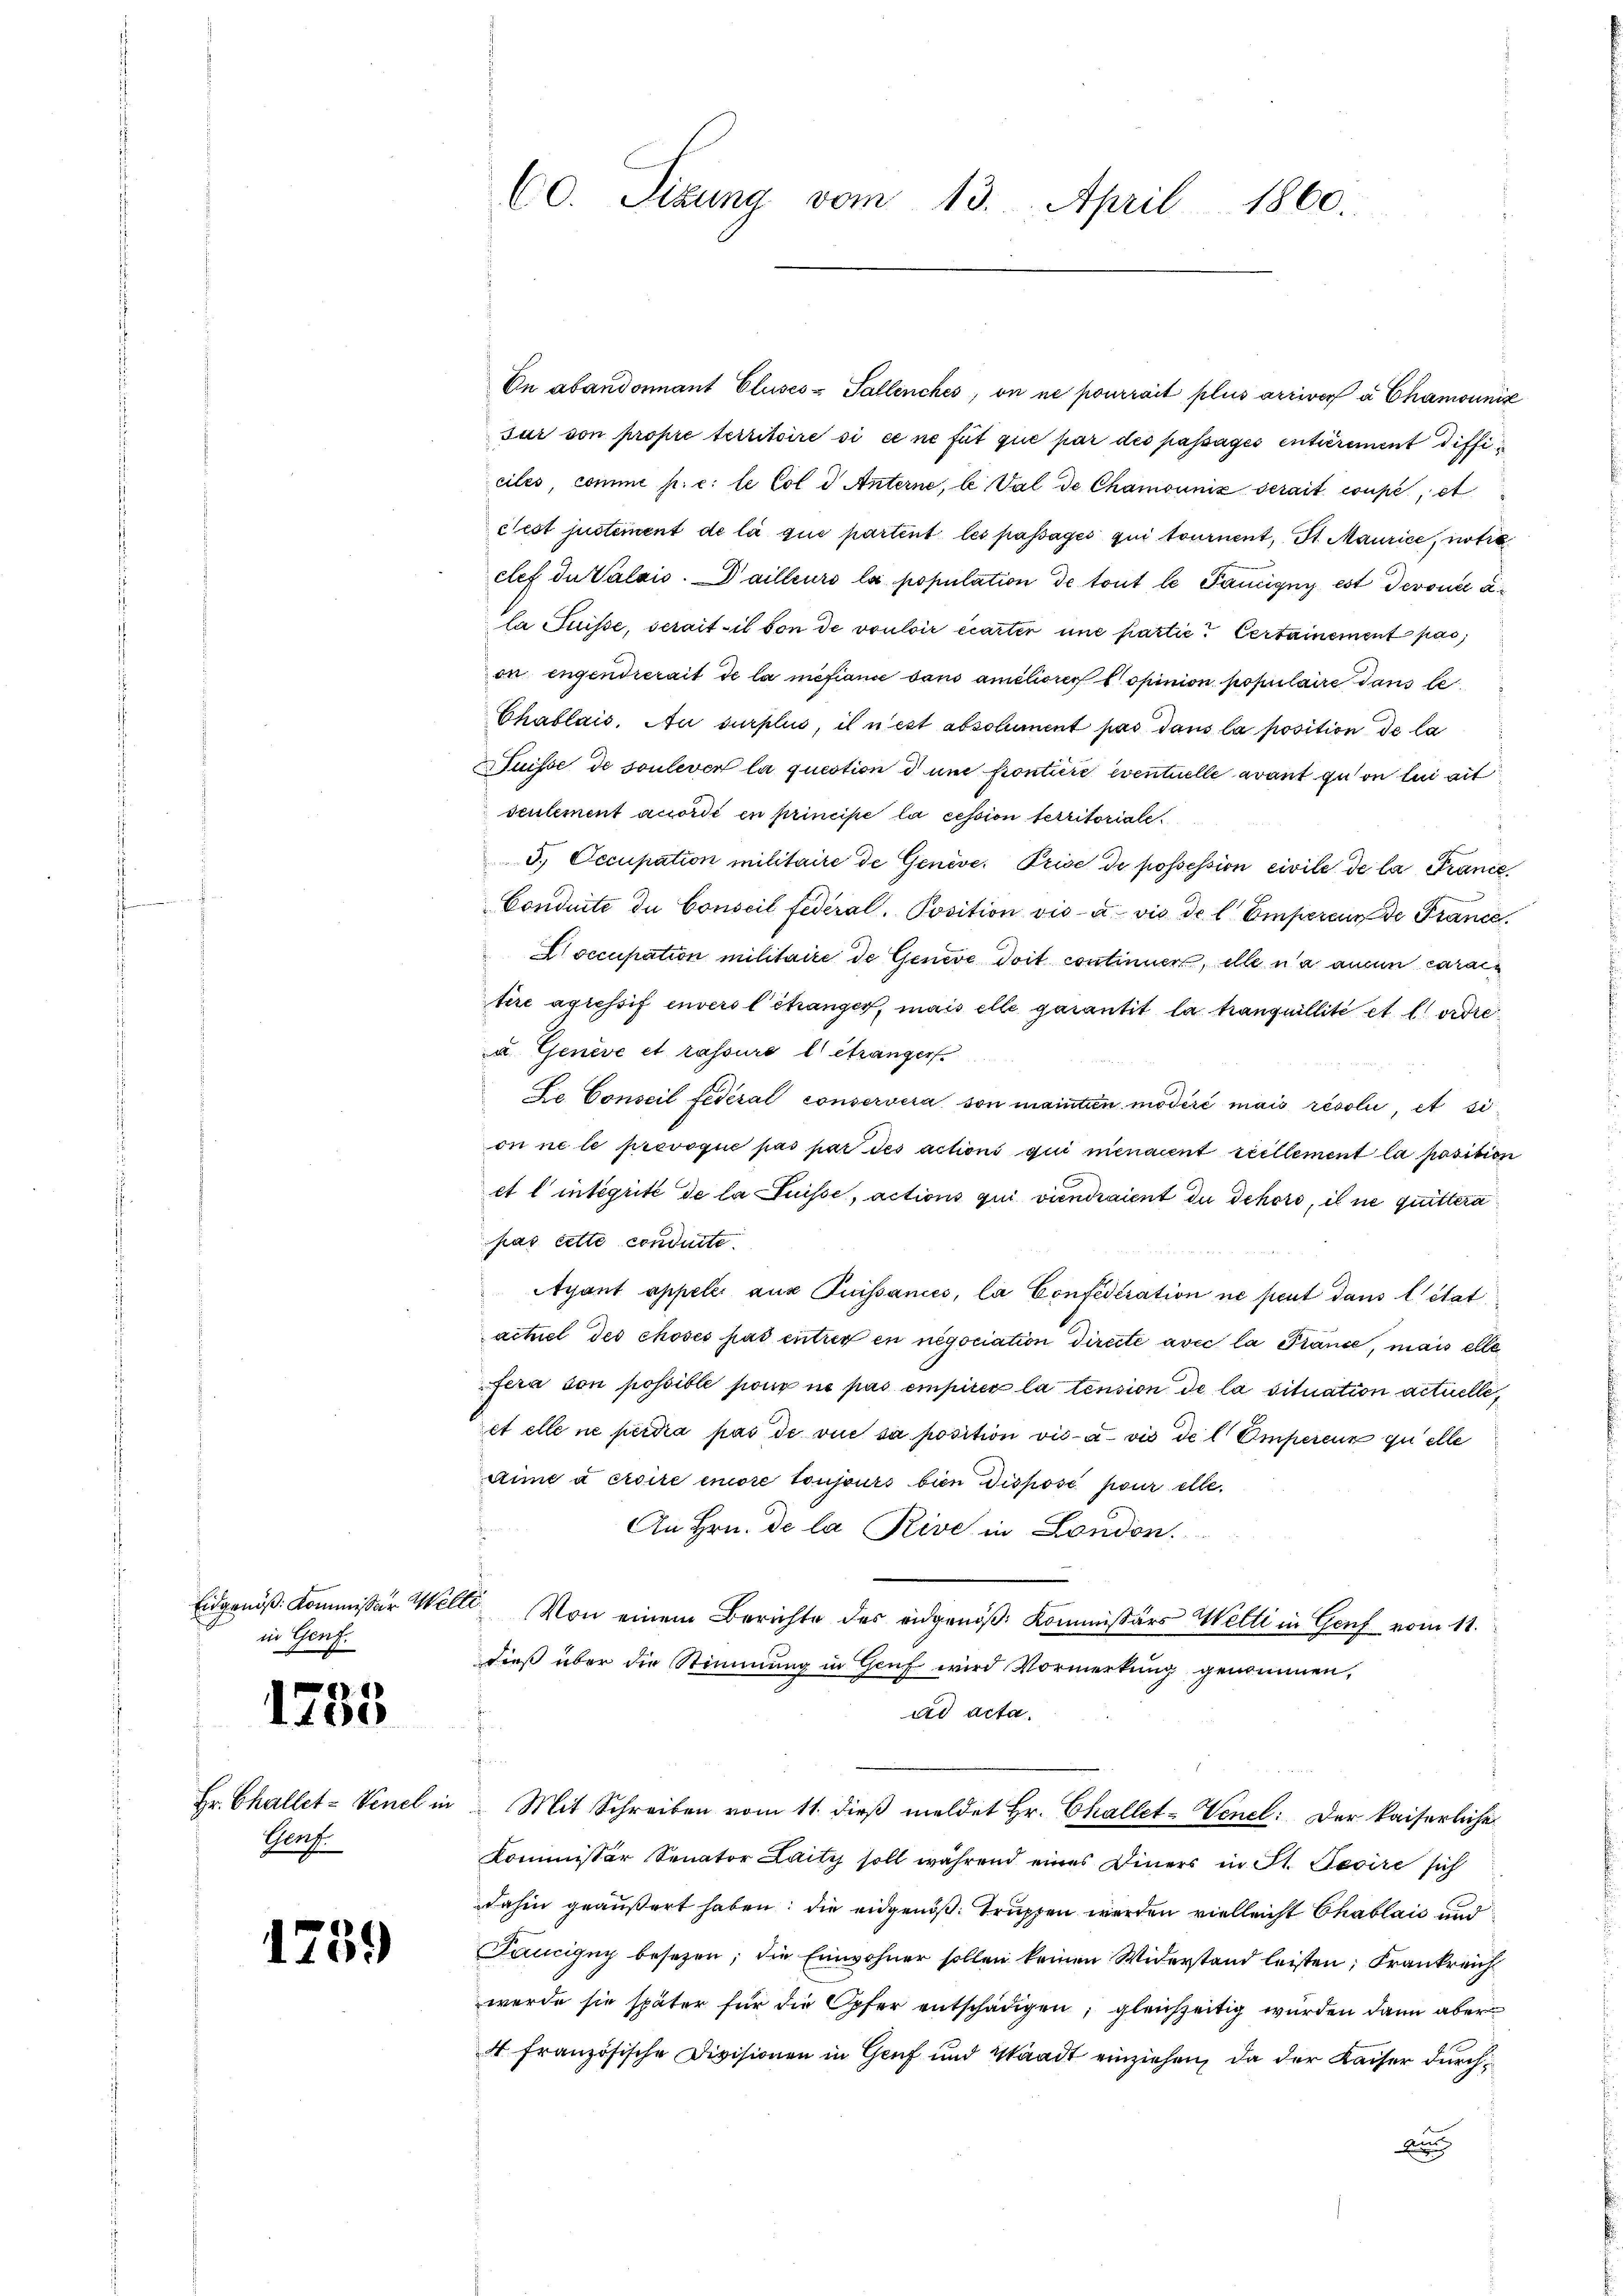
Eidgenöß: Kommissär Wel
in Genf.

f
1185

Hr. Challet = Venel in
Genf

1759

60. Sizŭng vom 13. April 1860.

On abandonnant Cluses-Sallenches, on ne pourrait plus arriver à Chamounik
sur von propre territoire si ce ne fut que par des passages entserement difficiles, comme p. c: le Col d Anterne, le Val de Chamounix serait coupe et
c’est justement de la que partent les passages qui tournent, St. Maurice, notie
clef du Valais. Dailleurs la population de tout le Panigny est deront a
la Suisse, serait il von de vouloir écarten une partie. Certainement pas,
on engendrerait de la mefiance dans améliores opinion populaire dans le
Chablais. Au surplus, il n’est absolument pas dans la position de la
Suisse de soulever la question d und Pontiere eventuelle avant qui on lui ait
seulement accordé en principe la cession territoriale
5., Occupation militaire de Genève, Prise de possession civile de la Tranić,
Conduite de Conseil fédéral. Position visa vis de l. Emperinn de Franc
occupation militaire de Genere doit continner, ellena aucun caraitire agressif envers l’étranger, mais elle garantit la tranguillité et l’ordre
u Geneve et rassuré l étranger
De Conseil fédéral conservera son maintien modéré mais résolui, et sion ne le provoque pas par des actions qui menacent reellement la position
et l’ integrité de la Puisse, actions qui viendraient du Schors, il ne quittera
pas cette condirte.
Ayant appeler aus Puissances, la Confidtration ne peut dans l’état
actuel des choses pas entrer en negociation directe avec la Prance, mais elle
fera von possible sione ne pas empirer la tension de la situation actuelle,
et elle ne perdra pas de vue sa position vis-à-vis de l. Emperenz quelle
aime à croire encore toujours bien Dispose pour elle.
An Hrn. de la Rive in London.
 Von einem Berichte des eidgenöß: Kommissärs Welti in Genf vom 11.
dieß über die Stimmung in Genf wird Vormerkung genommen,
ad acta.
.
Mit Schreiben vom 11. dieβ meldet Hr. Challet-Venel: Der kaiserliche
Kommissor Senator Laity soll während eines Diners in St. Gevire sich
dahin geäußert haben; die eidgenöß truppen werden vielleicht Chablais und
Taucigny besezen; die Einwohner sollen keinen Widerstand leisten; Frankreich
werde sie später für die Opfer entschädigen; gleichzeitig wurden dann aber
4 französische Divisionen in Genf und Waadt einziehen, da der Kaiser durchwun